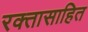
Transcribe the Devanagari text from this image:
रक्तासाहित